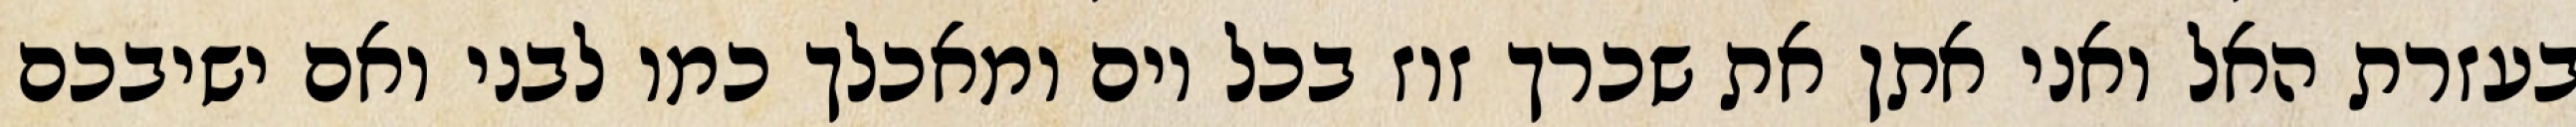
בעזרת האל ואני אתן את שכרך זוז בכל יום ומאכלך כמו לבני ואם ישיבכם